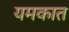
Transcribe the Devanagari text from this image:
यमकात